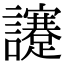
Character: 𧮈